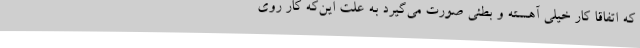
که اتفاقا کار خیلی آهسته و بطئی صورت می‌گیرد به علت این‌که کار روی